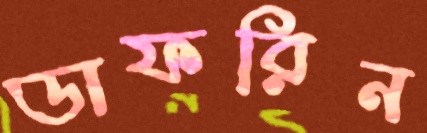
ডাফরিন